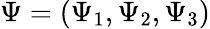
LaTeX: \Psi=(\Psi_{1},\Psi_{2},\Psi_{3})